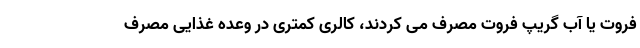
فروت یا آب گریپ فروت مصرف می کردند، کالری کمتری در وعده غذایی مصرف